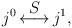
LaTeX: \begin{align*}j^{0}\mathop{\longleftrightarrow}^{\displaystyle S} j^{1},\end{align*}